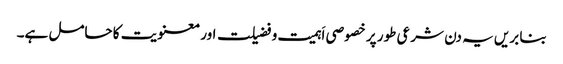
بنا بریں یہ دن شرعی طور پر خصوصی اَہمیت و فضیلت اور معنویت کا حامل ہے۔